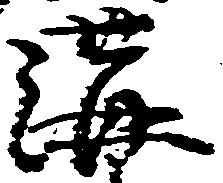
溝